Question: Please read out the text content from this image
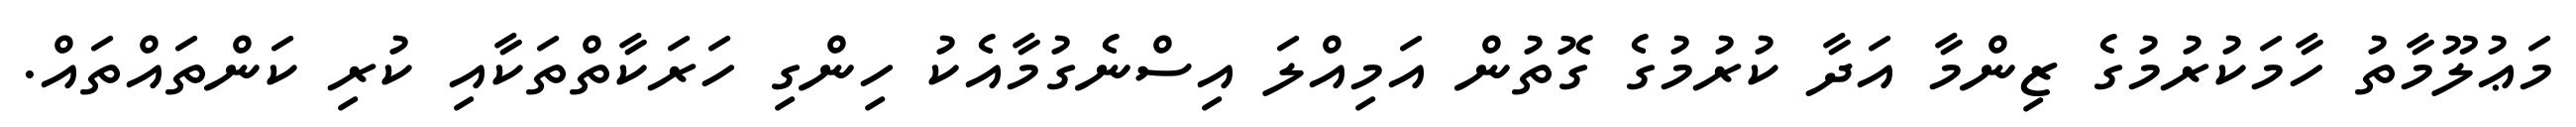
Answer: މަޢުލޫމާތު ހާމަކުރުމުގެ ޒިންމާ އަދާ ކުރުމުގެ ގޮތުން އަމިއްލަ އިސްނެގުމާއެކު ހިންގި ހަރަކާތްތަކާއި ކުރި ކަންތައްތައް.